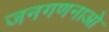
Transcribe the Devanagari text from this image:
जनगणनाओ